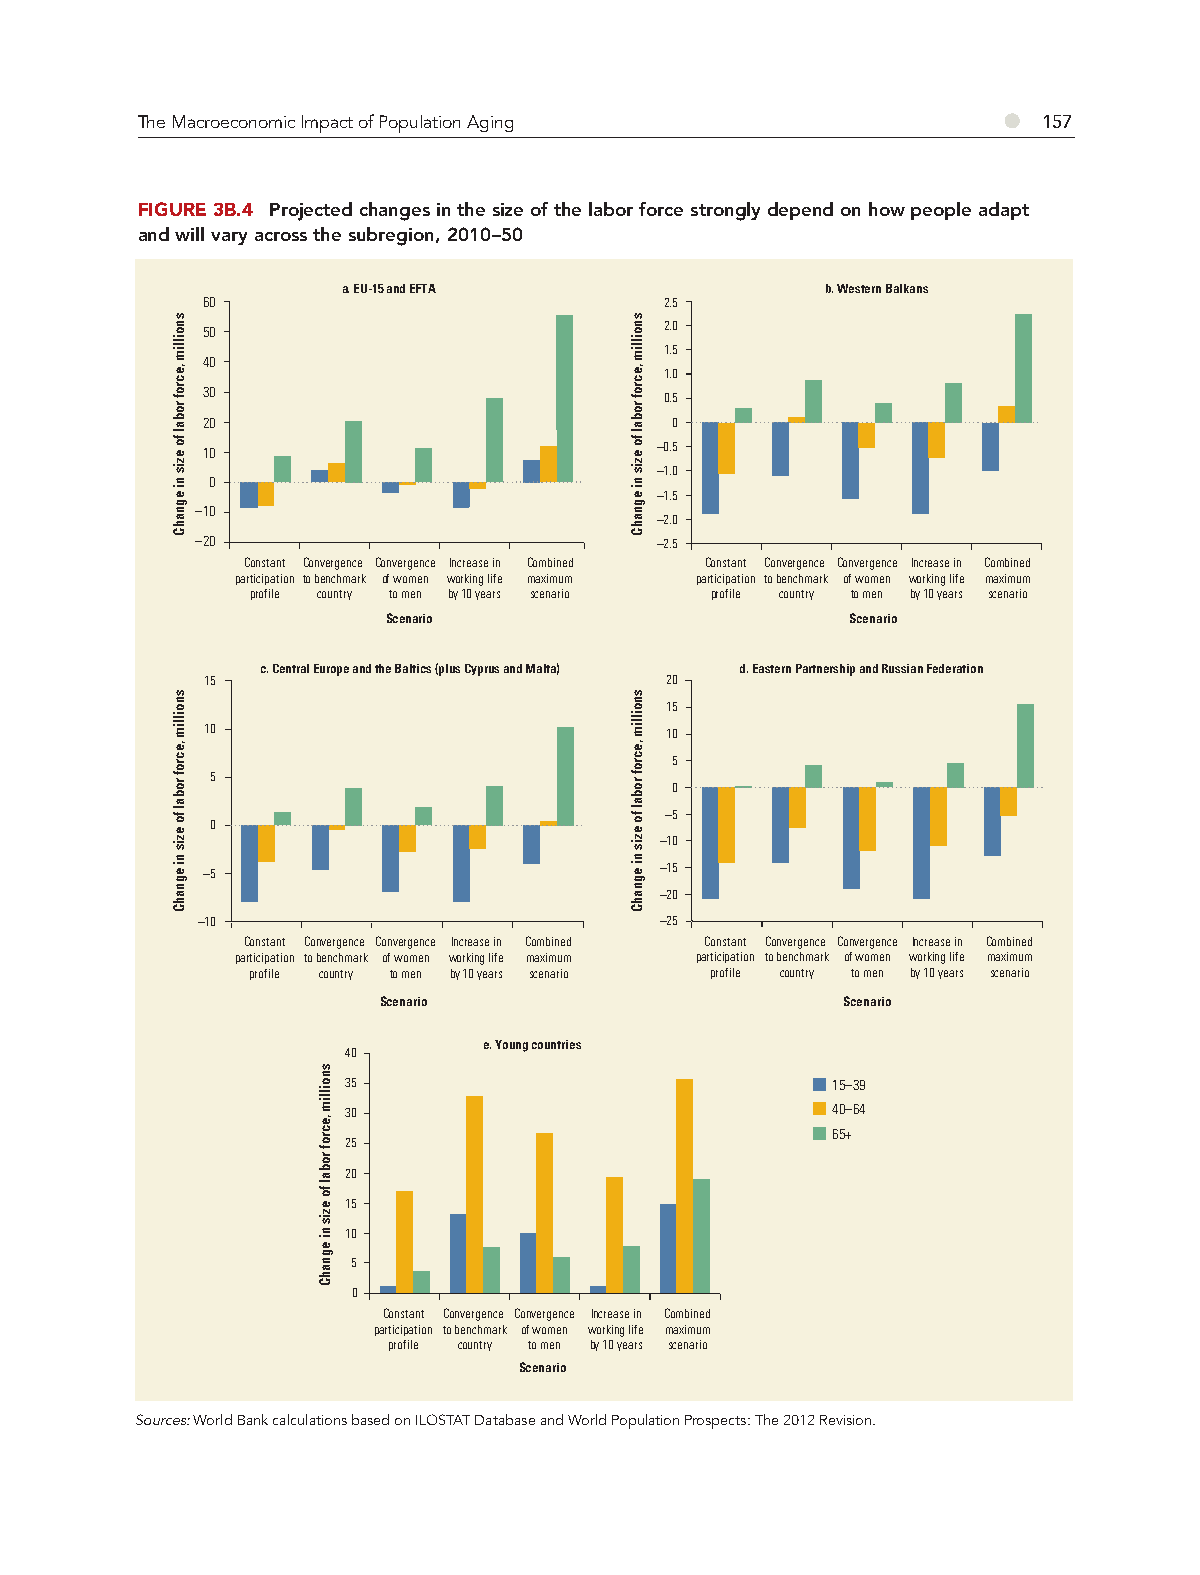
●
 The Macroeconomic Impact of Population Aging                157
 FIGURE 3B.4 Projected changes in the size of the labor force strongly depend on how people adapt
 and will vary across the subregion, 2010–50
 a. EU-15 and EFTA               b. Western Balkans
 60                             2.5
 50                             2.0
 1.5
 40
 1.0
 30                             0.5
 20                              0
 10                             –0.5
 –1.0
 0
 –1.5
 –10
 –2.0
 –20                            –2.5
 Constant Convergence Convergence Increase in Combined Constant Convergence Convergence Increase in Combined
 participation to benchmark of women working life maximum participation to benchmark of women working life maximum
 profile country to men by 10 years scenario profile country to men by 10 years scenario
 Scenario                      Scenario
 c. Central Europe and the Baltics (plus Cyprus and Malta) d. Eastern Partnership and Russian Federation
 15                            20
 15
 10                            10
 5
 5
 0
 –5
 0
 –10
 –5                             –15
 –20
 –10                            –25
 Constant Convergence Convergence Increase in Combined Constant Convergence Convergence Increase in Combined
 participation to benchmark of women working life maximum participation to benchmark of women working life maximum
 profile country to men by 10 years scenario profile country to men by 10 years scenario
 Scenario                       Scenario
 e. Young countries
 40
 35                              15–39
 30                              40–64
 65+
 25
 20
 15
 10
 5
 0
 Constant Convergence Convergence Increase in Combined
 participation to benchmark of women working life maximum
 profile country to men by 10 years scenario
 Scenario
 Sources: World Bank calculations based on ILOSTAT Database and World Population Prospects: The 2012 Revision.
 snoillim
 ,ecrof
 robal
 fo ezis
 ni
 egnahC
 snoillim
 ,ecrof
 robal
 fo
 ezis
 ni
 egnahC
 snoillim
 ,ecrof
 robal
 fo
 ezis
 ni
 egnahC
 snoillim
 ,ecrof
 robal
 fo ezis
 ni
 egnahC
 snoillim
 ,ecrof
 robal
 fo
 ezis
 ni
 egnahC